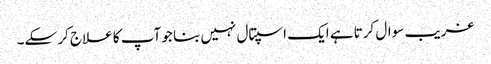
غریب سوال کرتا ہے ایک اسپتال نہیں بنا جو آپ کا علاج کر سکے۔